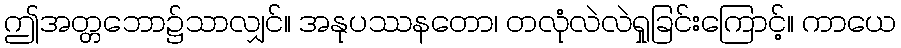
ဤအတ္တဘော၌သာလျှင်။ အနုပဿနတော၊ တလုံလဲလဲရှုခြင်းကြောင့်။ ကာယေ